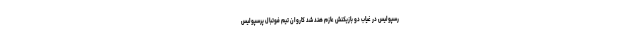
رسپولیس در غیاب دو بازیکنش عازم هند شد کاروان تیم فوتبال پرسپولیس